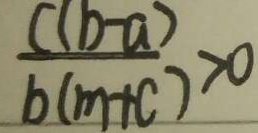
\frac { c ( b - a ) } { b ( m + c ) } > 0